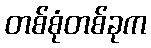
တစ်စုံတစ်ခုက